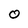
Character: O